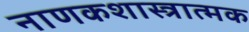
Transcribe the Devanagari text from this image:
नाणकशास्त्रात्मक